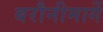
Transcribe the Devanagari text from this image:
बरौनीमार्गे